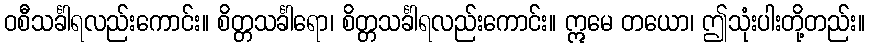
ဝစီသင်္ခါရလည်းကောင်း။ စိတ္တသင်္ခါရော၊ စိတ္တသင်္ခါရလည်းကောင်း။ ဣမေ တယော၊ ဤသုံးပါးတို့တည်း။